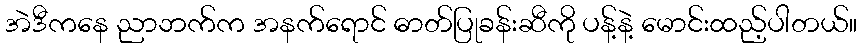
အဲဒီကနေ ညာဘက်က အနက်ရောင် ဓာတ်ပြုခန်းဆီကို ပန့်နဲ့ မောင်းထည့်ပါတယ်။